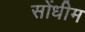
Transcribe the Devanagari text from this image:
सोंधीम